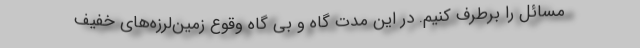
مسائل را برطرف کنیم. در این مدت گاه و بی گاه وقوع زمین‌لرزه‌های خفیف